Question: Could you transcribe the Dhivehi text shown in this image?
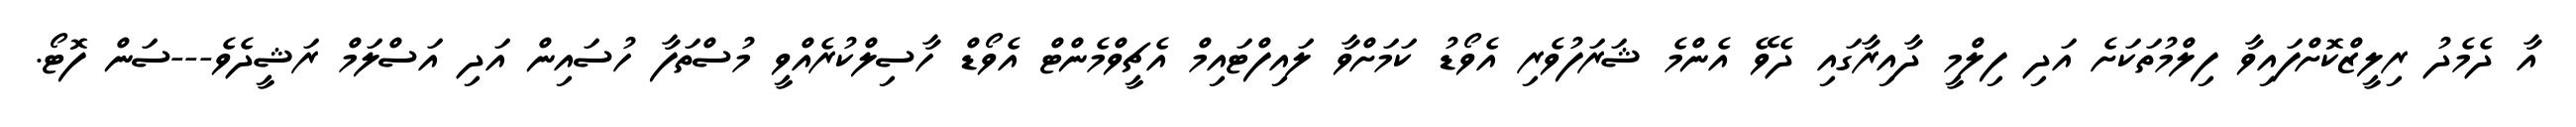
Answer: އާ ދެމެދު ރިލީޒްކޮށްފައިވާ ފިލްމުތަކަށެ އަދި ފިލްމީ ދާއިރާގައި ދެވޭ އެންމެ ޝަރަފުވެރި އެވޯޑު ކަމަށްވާ ލައިފްޓައިމް އެޗީވްމެންޓް އެވޯޑް ހާސިލްކުރެއްވީ މުސްތަފާ ހުސައިން އަދި އަސްލަމް ރަޝީދެވެ---ސަން ފޮޓޯ.